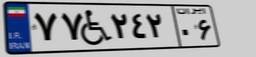
۷۷W۲۴۲۰۶